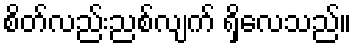
စိတ်လည်းညစ်လျက် ရှိလေသည်။